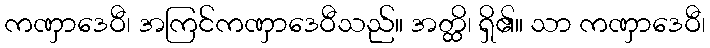
ကဏှာဒေဝီ၊ အကြင်ကဏှာဒေဝီသည်။ အတ္ထိ၊ ရှိ၏။ သာ ကဏှာဒေဝီ၊